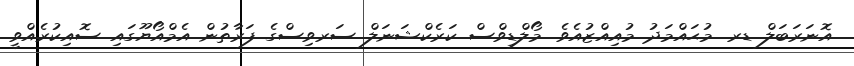
އޮނަރަބަލް ޑރ. މުޙައްމަދު މުއިއްޒުއެވެ. މޯލްޑިވްސް ކަރެކްޝަނަލް ސަރވިސްގެ ފަރާތުން އެމްއޯޔޫގައި ސޮއިކުރެއްވީ